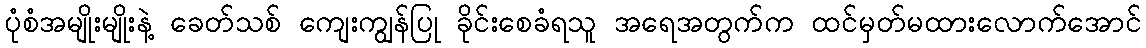
ပုံစံအမျိုးမျိုးနဲ့ ခေတ်သစ် ကျေးကျွန်ပြု ခိုင်းစေခံရသူ အရေအတွက်က ထင်မှတ်မထားလောက်အောင်